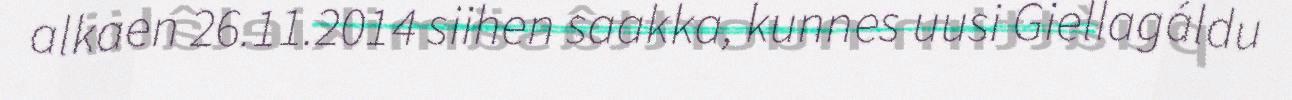
alkaen 26.11.2014 siihen saakka, kunnes uusi Giellagáldu